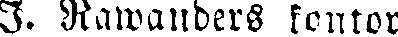
I. Rawanders kontor